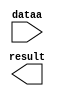
module mult_mass_02_05 (
	dataa,
	result);

	input	[9:0]  dataa;
	output	[13:0]  result;

endmodule